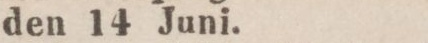
den 14 Juni.